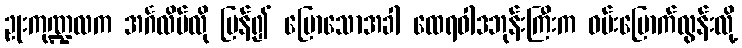
ဥုးကုဏ္ဍလက အင်္ဂလိပ်လို ပြန်၍ ပြောသောအခါ ထေရဝါဒဘုန်းကြီးက ဝမ်းမြောက်လွန်းလို့